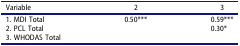
<table><thead><tr><td><b>Variable</b></td><td><b>2</b></td><td><b>3</b></td></tr></thead><tbody><tr><td>1. MDI Total</td><td>0.50***</td><td>0.59***</td></tr><tr><td>2. PCL Total</td><td> </td><td>0.30*</td></tr><tr><td>3. WHODAS Total</td><td> </td><td> </td></tr></tbody></table>